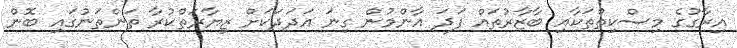
އިރާގުގެ މިސްކިތްތަކާއި ބާޒާރުތައް ފަދަ އާންމުން ގިނަ އަދަދަކަށް ޒިޔާރަތްކުރާ ތަންތަނުގައި ބޮން